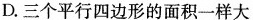
D.三个平行四边形的面积一样大